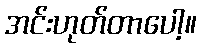
အင်းဟုတ်တာပေါ့။